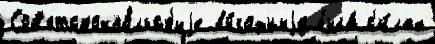
Сов'етско-по́льск'иjе вы́годныjе была́ с'и́лах